Lunatic asylums Central Provinces reports 1895-1909 - 1895-1909
Year: 1895
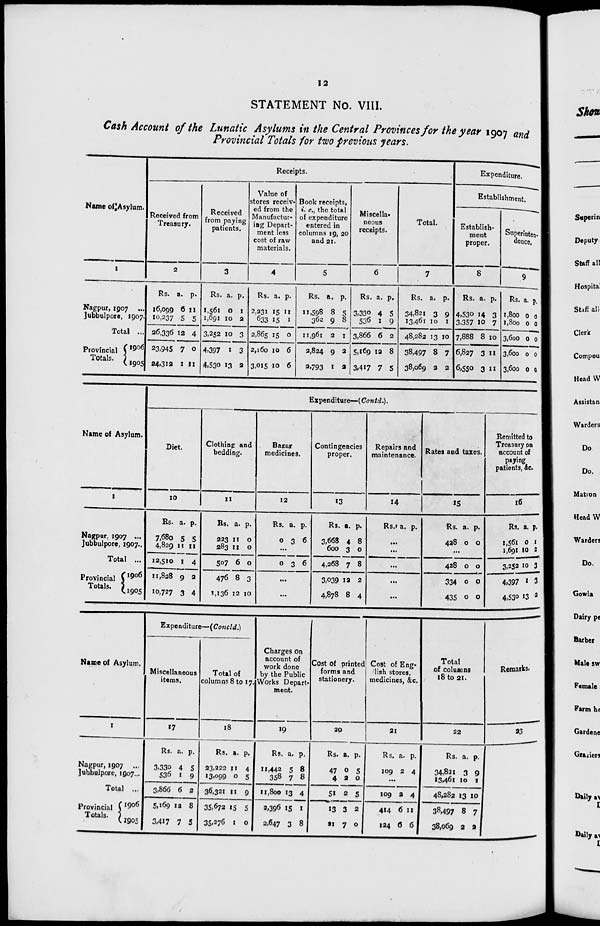
12
STATEMENT No. VIII
Cash Account of the Lunatic Asylums in the Central Provinces for the year 1907 and
Provincial Totals for two previous years.
Name of Asylum.
1
Nagpur, 1907 ...
Jubbulpore, 1907.
Total ...
Provincial
Totals.
1906
1905
Receipts.
Received from
Treasury.
2
Rs.
16,099
10,237
26,336
23,945
24,312
a.
6
5
12
7
1
p.
11
5
4
0
11
Received
from paying
patients.
3
Rs.
1,561
1,691
3,252
4,397
4,530
a.
0
10
10
1
13
p.
1
2
3
3
2
Value of
stores receiv-
ed from the
Manufactur-
ing Depart-
ment less
cost of raw
materials.
4
Rs.
2,231
633
2,865
2,160
3,015
a.
15
15
15
10
10
p.
11
1
0
6
6
Book receipts,
i. e., the total
of expenditure
entered in
columns 19, 20
and 21.
5
Rs.
11,598
362
11,961
2,824
2,793
a.
8
9
2
9
1
p.
5
8
1
2
2
Miscella-
neous
receipts.
6
Rs.
3,330
536
3,866
5,169
3,417
a.
4
1
6
12
7
p.
5
9
2
8
5
Total.
7
Rs.
34,821
13,461
48,282
38,497
38,069
a.
3
10
13
8
2
p.
9
1
10
7
2
Expenditure.
Establishment.
Establish-
ment
proper.
8
Rs.
4,530
3,357
7,888
6,827
6,550
a.
14
10
8
3
3
p.
3
7
10
11
11
Superinten-
dence.
9
Rs.
1,800
1,800
3,600
3,600
3,600
a.
0
0
0
0
0
p.
0
0
0
0
0
Name of Asylum.
1
Nagpur, 1907 ...
Jubbulpore, 1907...
Total ...
Provincial
Totals.
1906
1905
Expenditure—(Contd.).
Diet.
10
Rs.
7,680
4,829
12,510
11,828
10,727
a.
5
11
1
9
3
p.
5
11
4
2
4
Clothing and
bedding.
11
Rs.
223
283
507
476
1,136
a.
11
11
6
8
12
p.
0
0
0
3
10
Bazar
medicines.
12
Rs.
0
a.
3
p.
6
...
0
3 6
...
...
Contingencies
proper.
13
Rs.
3,668
600
4,268
3,039
4,878
a.
4
3
7
12
8
p.
8
0
8
2
4
Repairs and
maintenance.
14
Rs. a. p.
...
...
...
...
...
Rates and taxes.
15
Rs.
428
a.
0
p.
0
...
428
334
435
0
0
0
0
0
0
Remitted to
Treasury on
account of
paying
patients, &c.
16
Rs.
1,561
1,691
3,252
4,397
4,530
a.
0
10
10
1
13
p.
1
2
3
3
2
Name of Asylum.
1
Nagpur, 1907 ...
Jubbulpore, 1907...
Total ...
Provincial
Totals.
1906
1905
Expenditure—(Concld.)
Miscellaneous
items.
17
Rs.
3,330
536
3,866
5,169
3,417
a.
4
1
6
12
7
p.
5
9
2
8
5
Total of
columns 8 to 17.
18
Rs.
23,222
13,099
36,321
35,672
35,276
a.
11
0
11
15
1
p.
4
5
9
5
0
Charges on
account of
work done
by the Public
Works Depart-
ment.
19
Rs.
11,442
358
11,800
2,396
2,647
a.
5
7
13
15
3
p.
8
8
4
1
8
Cost of printed
forms and
stationery.
20
Rs.
47
4
51
13
21
a.
0
2
2
3
7
p.
5
0
5
2
0
Cost of Eng-
lish stores,
medicines, &c.
21
Rs.
109
a.
2
p.
4
...
109
414
124
2
6
6
4
11
6
Total
of columns
18 to 21.
22
Rs.
34,821
13,461
48,282
38,497
38,069
a.
3
10
13
8
2
p.
9
1
0
7
2
Remarks.
23